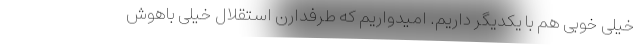
خیلی خوبی هم با یکدیگر داریم. امیدواریم که طرفدارن استقلال خیلی باهوش